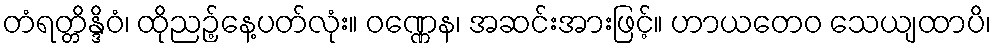
တံရတ္တိန္ဒိဝံ၊ ထိုညဉ့်နေ့ပတ်လုံး။ ဝဏ္ဏေန၊ အဆင်းအားဖြင့်။ ဟာယတေဝ သေယျထာပိ၊